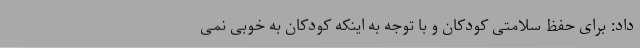
داد: برای حفظ سلامتی کودکان و با توجه به اینکه کودکان به خوبی نمی